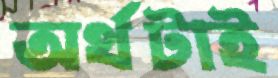
অর্থটাই